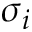
\sigma _ { i }